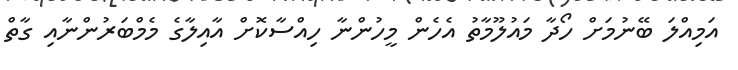
އަމިއްލަ ބޭނުމަށް ހޯދާ މައުލޫމާތު އެހެން މީހުންނާ ހިއްސާކޮށް އާއިިލާގެ މެމްބަރުންނާއި ގާތް